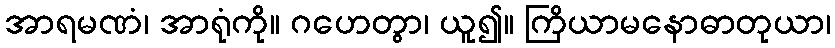
အာရမဏံ၊ အာရုံကို။ ဂဟေတွာ၊ ယူ၍။ ကြိယာမနောဓာတုယာ၊